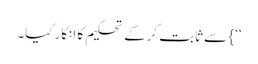
‘‘} سے ثابت کرکے تحکیم کا انکار کیا۔